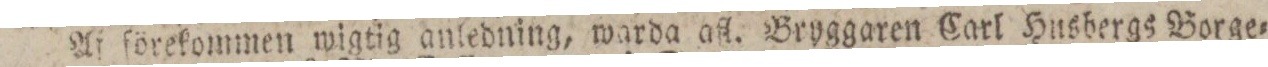
Af förekommen wigtig anledning, warda afl. Bryggaren Carl Husbergs Borge=